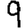
Digit: 9